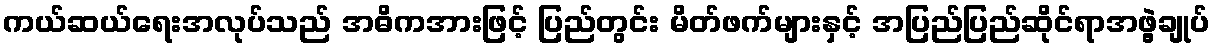
ကယ်ဆယ်ရေးအလုပ်သည် အဓိကအားဖြင့် ပြည်တွင်း မိတ်ဖက်များနှင့် အပြည်ပြည်ဆိုင်ရာအဖွဲ့ချုပ်